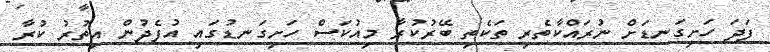
ފަދަ ހަށިގަނޑަށް ނުރައްކާތެރި ތަކެތި ބޭރުކުރާ މިއުކަސް ހަށިގަނޑުގައި އުފެދުން އިތުރު ކުރާ